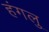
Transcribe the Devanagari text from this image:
हंगलु